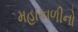
મહાકાળીનો